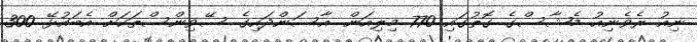
ނިއު ރެވެނިއު މެޝާސްގެ ގޮތުގައި 770 މިލިއަން. އާސަންދައިގެ ސޭވިންސްތަކަށް އެބައުޅޭ 300